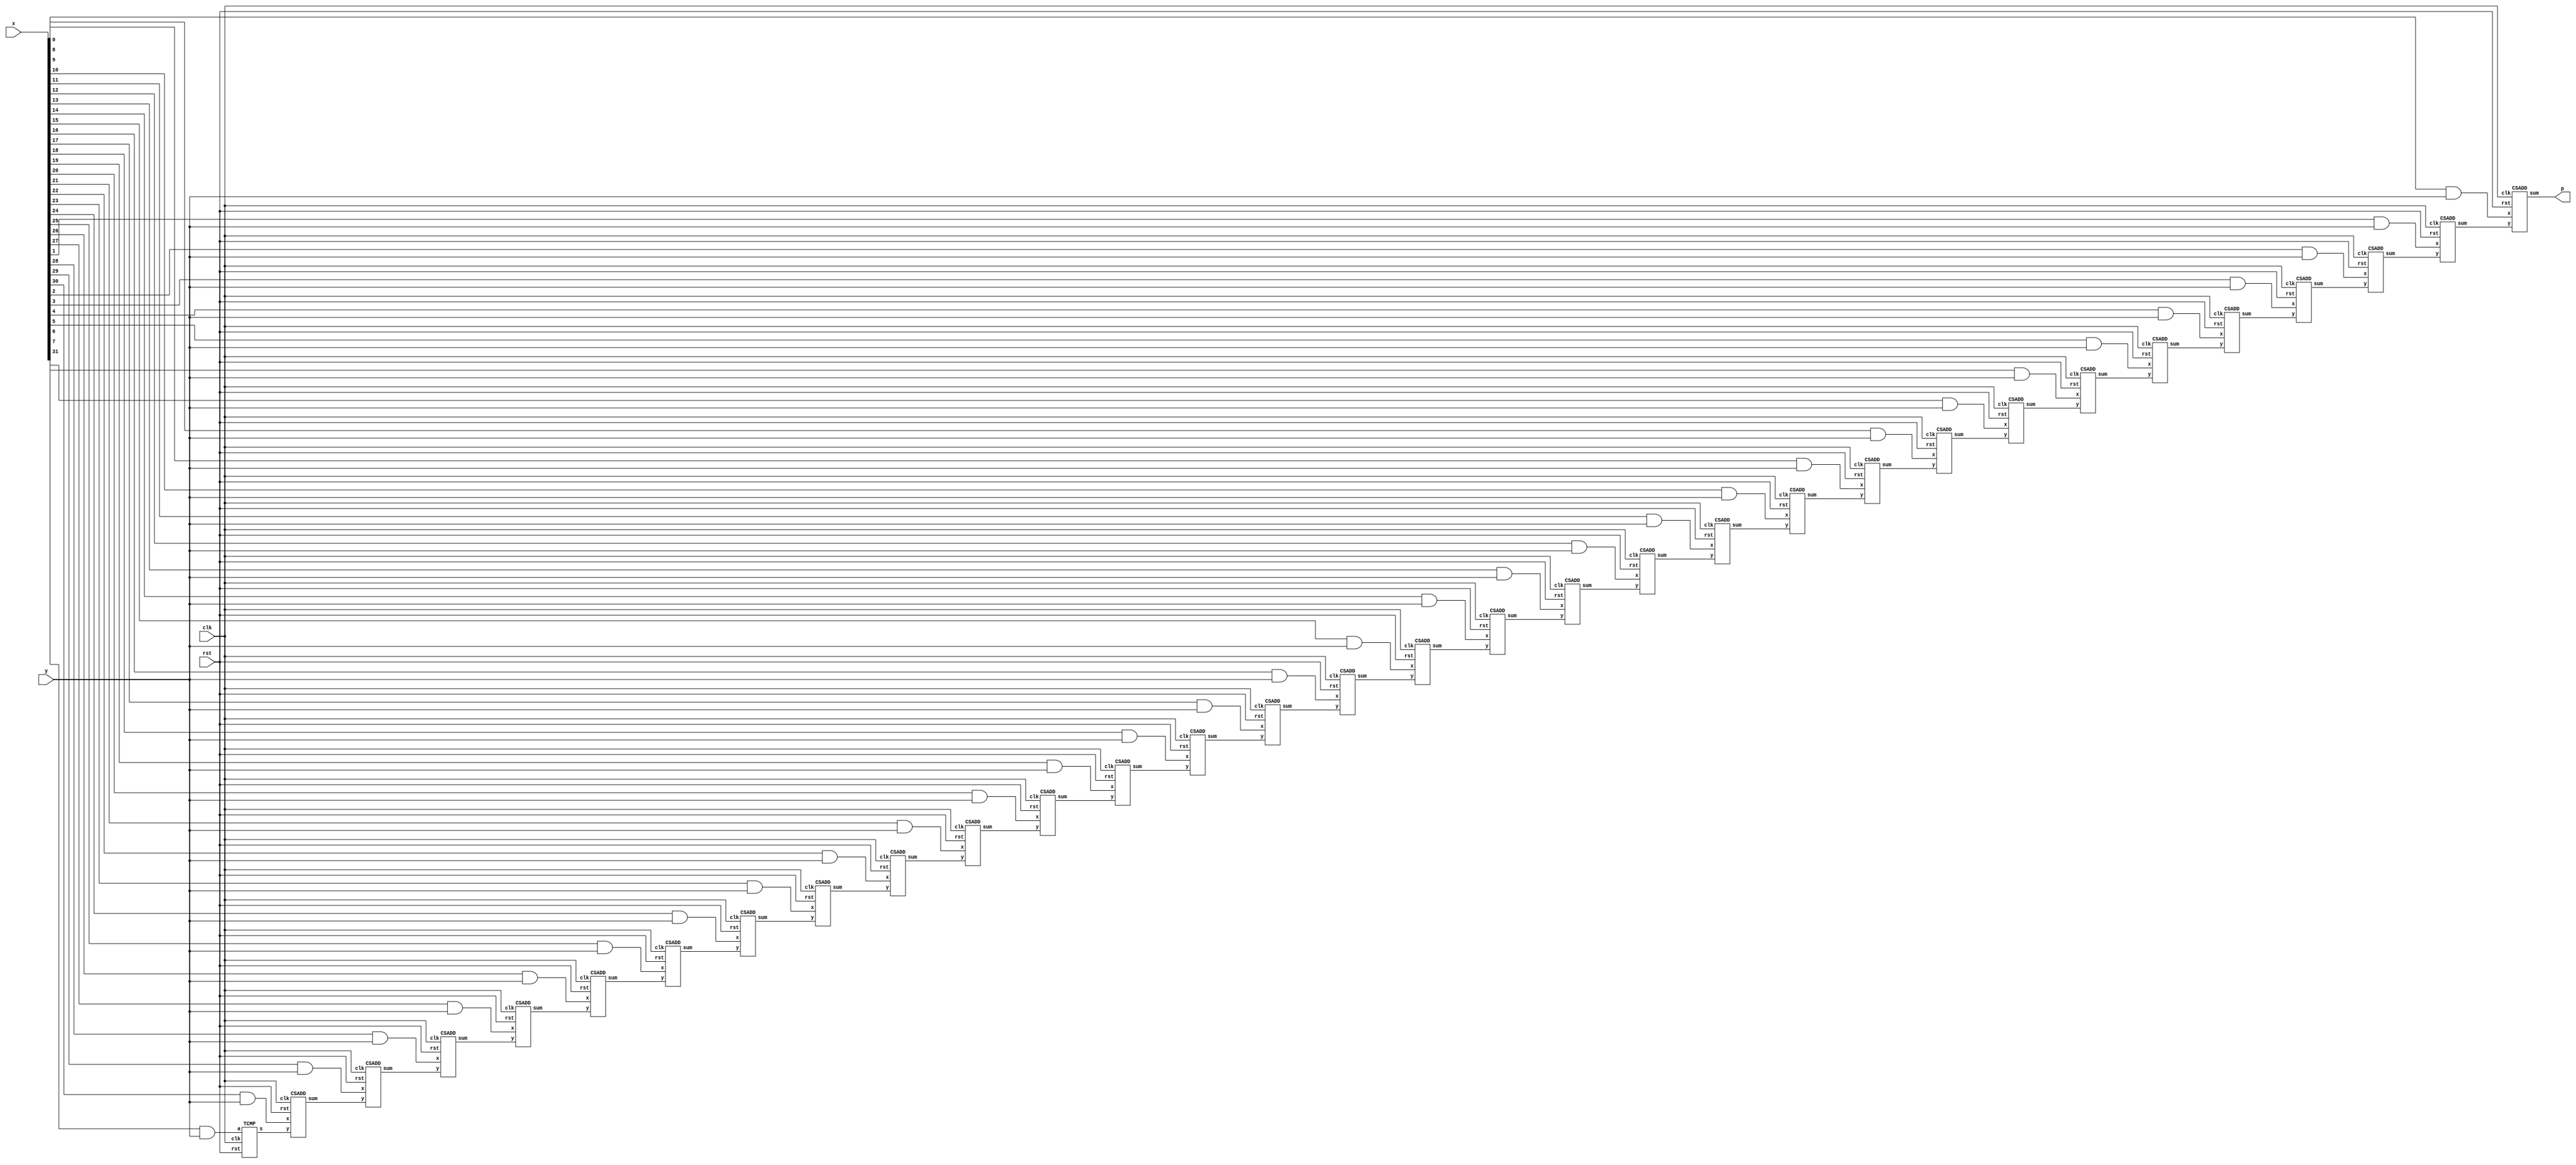
// Copyright 2020 Efabless Corporation
//
// Licensed under the Apache License, Version 2.0 (the "License");
// you may not use this file except in compliance with the License.
// You may obtain a copy of the License at
//
//      http://www.apache.org/licenses/LICENSE-2.0
//
// Unless required by applicable law or agreed to in writing, software
// distributed under the License is distributed on an "AS IS" BASIS,
// WITHOUT WARRANTIES OR CONDITIONS OF ANY KIND, either express or implied.
// See the License for the specific language governing permissions and
// limitations under the License.

module spm(clk, rst, x, y, p);
    parameter size = 32;
    input clk, rst;
    input y;
    input[size-1:0] x;
    output p;

    wire[size-1:1] pp;
    wire[size-1:0] xy;

    genvar i;

    CSADD csa0 (.clk(clk), .rst(rst), .x(x[0]&y), .y(pp[1]), .sum(p));
    generate for(i=1; i<size-1; i=i+1) begin
        CSADD csa (.clk(clk), .rst(rst), .x(x[i]&y), .y(pp[i+1]), .sum(pp[i]));
    end endgenerate
    TCMP tcmp (.clk(clk), .rst(rst), .a(x[size-1]&y), .s(pp[size-1]));

endmodule

module TCMP(clk, rst, a, s);
    input clk, rst;
    input a;
    output reg s;

    reg z;

    always @(posedge clk or posedge rst) begin
        if (rst) begin
            //Reset logic goes here.
            s <= 1'b0;
            z <= 1'b0;
        end
        else begin
            //Sequential logic goes here.
            z <= a | z;
            s <= a ^ z;
        end
    end
endmodule

module CSADD(clk, rst, x, y, sum);
    input clk, rst;
    input x, y;
    output reg sum;

    reg sc;

    // Half Adders logic
    wire hsum1, hco1;
    assign hsum1 = y ^ sc;
    assign hco1 = y & sc;

    wire hsum2, hco2;
    assign hsum2 = x ^ hsum1;
    assign hco2 = x & hsum1;

    always @(posedge clk or posedge rst) begin
        if (rst) begin
            //Reset logic goes here.
            sum <= 1'b0;
            sc <= 1'b0;
        end
        else begin
            //Sequential logic goes here.
            sum <= hsum2;
            sc <= hco1 ^ hco2;
        end
    end
endmodule


/*

module spm_tb;

	//Inputs
	reg clk;
	reg rst;
	reg [7: 0] x;

    reg[7:0] Y;
    reg[15:0] P;

	//Outputs
	wire p;

    reg[3:0] cnt;

	//Instantiation of Unit Under Test
	spm #(8) uut (
		.clk(clk),
		.rst(rst),
		.y(Y[0]),
		.x(x),
		.p(p)
	);

    always #5 clk = ~clk;

    always @ (posedge clk)
        if(rst) Y = -50;
        else Y <= {1'b0,Y[7:1]};

    always @ (posedge clk)
        if(rst) P = 0;
        else P <= {p, P[15:1]};

	always @ (posedge clk)
        if(rst) cnt = 0;
        else cnt <= cnt + 1;

	initial begin
	//Inputs initialization
		clk = 0;
		rst = 0;
		x = 50;

	//Reset
		#20 rst = 1;
		#20 rst = 0;
        #1000;
        $finish;
	end

endmodule
*/